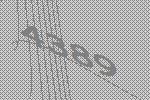
4389